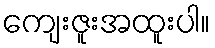
ကျေးဇူးအထူးပါ။